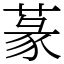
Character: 蒃